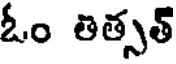
ఓం తిత్సత్